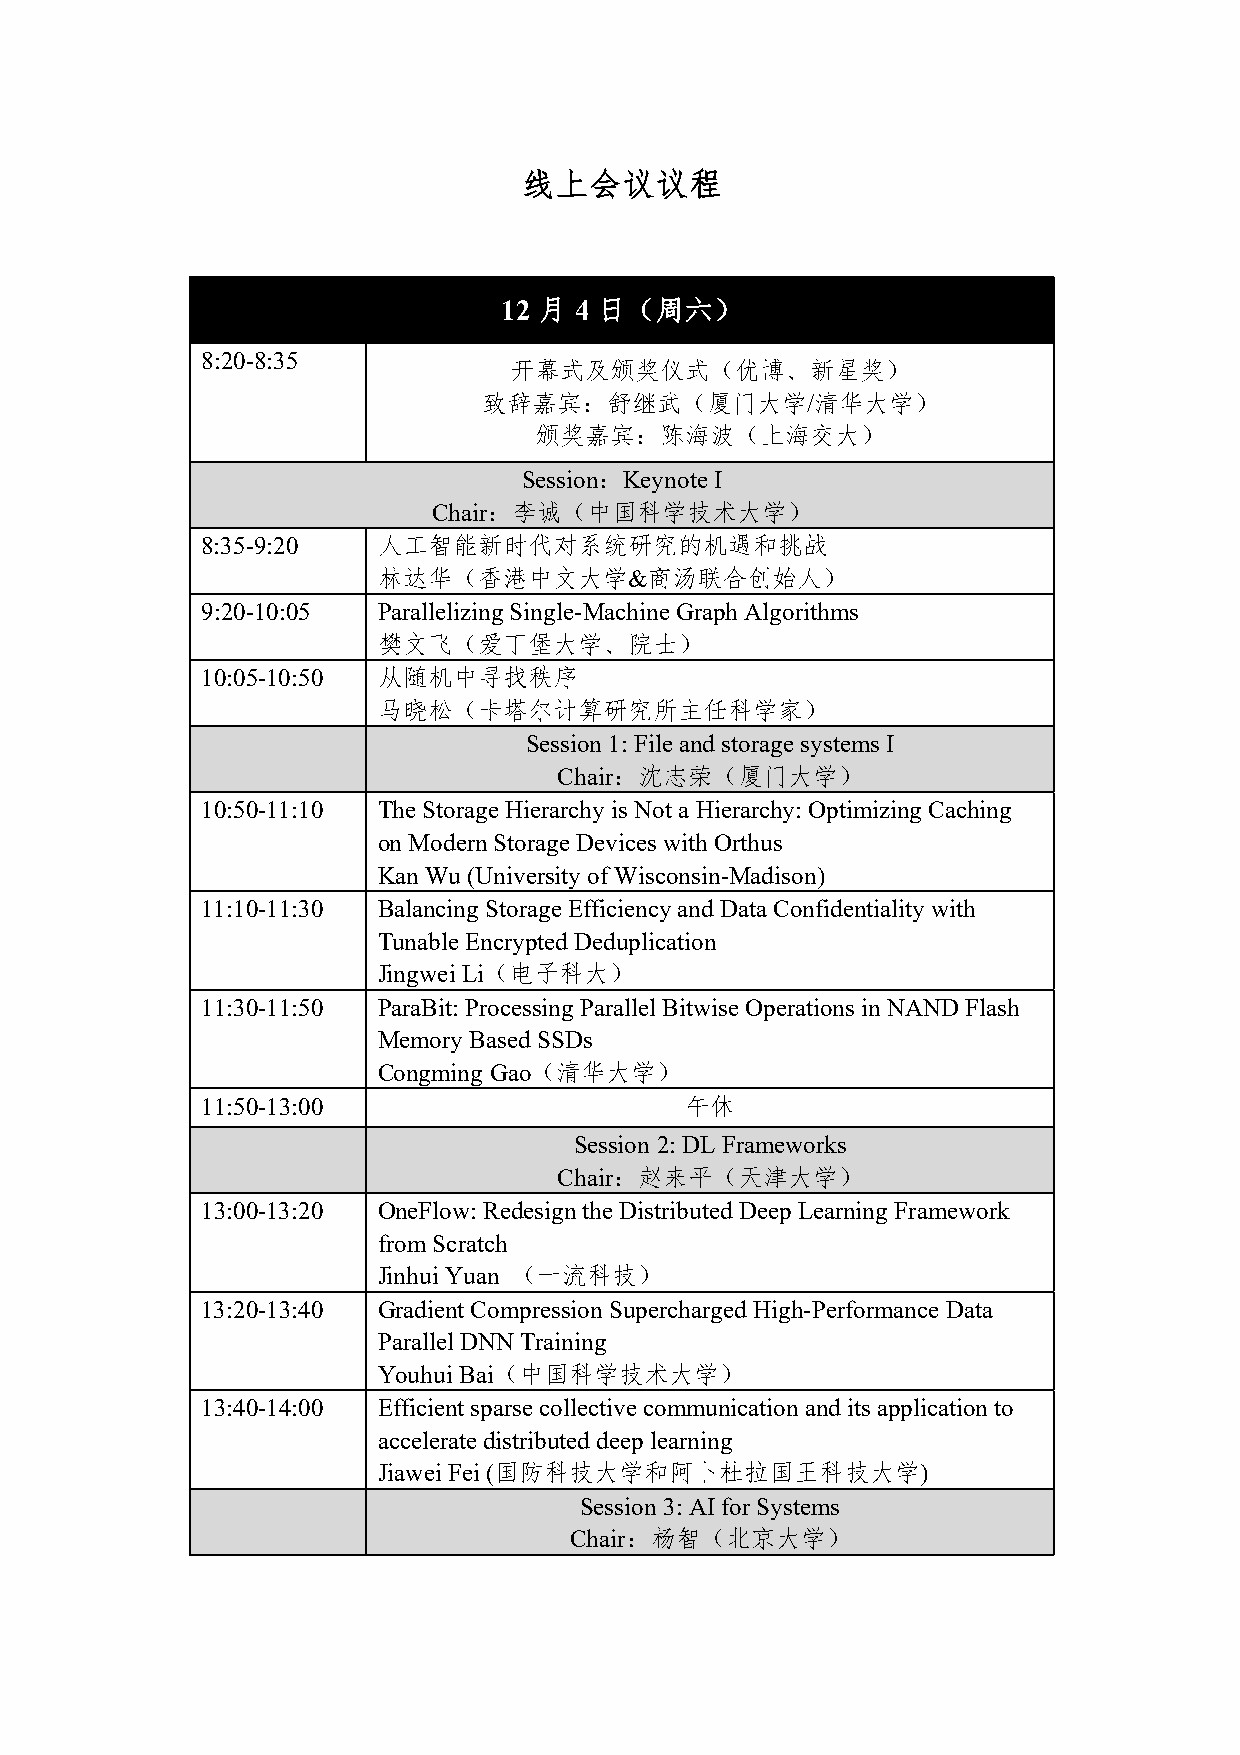
线上会议议程
 12 月 4 日（周六）
 8:20-8:35
 开幕式及颁奖仪式（优博、新星奖）
 致辞嘉宾：舒继武（厦门大学/清华大学）
 颁奖嘉宾：陈海波（上海交大）
 Session：Keynote I
 Chair：李诚（中国科学技术大学）
 8:35-9:20   人工智能新时代对系统研究的机遇和挑战
 林达华（香港中文大学&商汤联合创始人）
 9:20-10:05  Parallelizing Single-Machine Graph Algorithms
 樊文飞（爱丁堡大学、院士）
 10:05-10:50 从随机中寻找秩序
 马晓松（卡塔尔计算研究所主任科学家）
 Session 1: File and storage systems I
 Chair：沈志荣（厦门大学）
 10:50-11:10 The Storage Hierarchy is Not a Hierarchy: Optimizing Caching
 on Modern Storage Devices with Orthus
 Kan Wu (University of Wisconsin-Madison)
 11:10-11:30 Balancing Storage Efficiency and Data Confidentiality with
 Tunable Encrypted Deduplication
 Jingwei Li（电子科大）
 11:30-11:50 ParaBit: Processing Parallel Bitwise Operations in NAND Flash
 Memory Based SSDs
 Congming Gao（清华大学）
 11:50-13:00                     午休
 Session 2: DL Frameworks
 Chair：赵来平（天津大学）
 13:00-13:20 OneFlow: Redesign the Distributed Deep Learning Framework
 from Scratch
 Jinhui Yuan （一流科技）
 13:20-13:40 Gradient Compression Supercharged High-Performance Data
 Parallel DNN Training
 Youhui Bai（中国科学技术大学）
 13:40-14:00 Efficient sparse collective communication and its application to
 accelerate distributed deep learning
 Jiawei Fei (国防科技大学和阿卜杜拉国王科技大学)
 Session 3: AI for Systems
 Chair：杨智（北京大学）